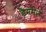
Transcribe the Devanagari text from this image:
डैनमार